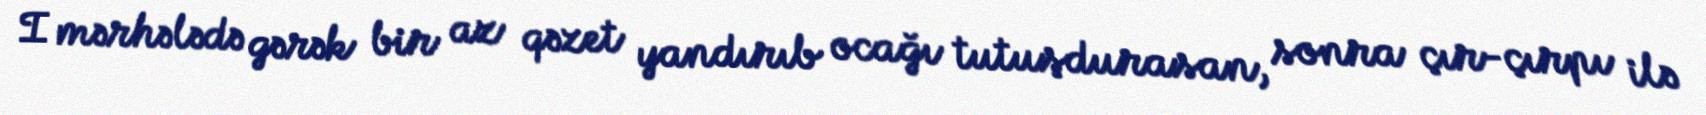
I mərhələdə gərək bir az qəzet yandırıb ocağı tutuşdurasan, sonra çır-çırpı ilə